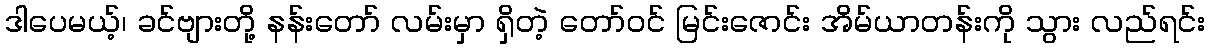
ဒါပေမယ့်၊ ခင်ဗျားတို့ နန်းတော် လမ်းမှာ ရှိတဲ့ တော်ဝင် မြင်းဇောင်း အိမ်ယာတန်းကို သွား လည်ရင်း